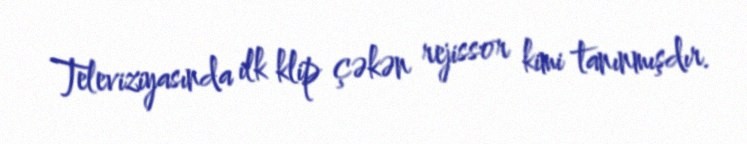
Televiziyasında ilk klip çəkən rejissor kimi tanınmışdır.